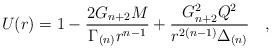
LaTeX: \begin{align*}U(r)=1-\frac{2G_{n+2}M}{\Gamma_{(n)}r^{n-1}}+ \frac{G_{n+2}^2Q^2}{r^{2(n-1)}\Delta_{(n)}}\quad , \end{align*}